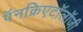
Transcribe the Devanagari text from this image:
पॅनक्रिएटॉलॉजी